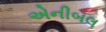
એનીબલ